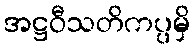
အဋ္ဌဝီသတိကပ္ပမှိ